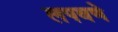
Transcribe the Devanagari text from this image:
लपवणे